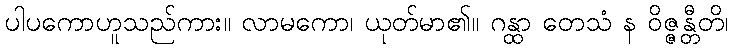
ပါပကောဟူသည်ကား။ လာမကော၊ ယုတ်မာ၏။ ဂန္ထာ တေသံ န ဝိဇ္ဇန္တီတိ၊